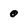
Character: 0